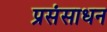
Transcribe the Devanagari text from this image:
प्रसंसाधन